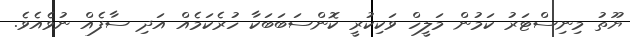
ޔޫތު މިނިސްޓަރު ކަމުން މަލީހް ވަކިކުރީ ކޮންސަބަބަކާ ހުރެކަމެއް އަދި ސާފެއް ނުވެއެވެ.